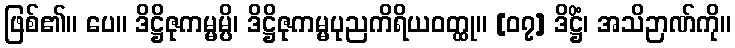
ဖြစ်၏။ ပေ။ ဒိဋ္ဌိဇုကမ္မမ္ပိ၊ ဒိဋ္ဌိဇုကမ္မပုညကိရိယဝတ္ထု။ [၀၇] ဒိဋ္ဌိံ၊ အသိဉာဏ်ကို။